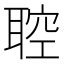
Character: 聜